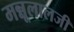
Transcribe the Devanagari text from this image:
मन्नूलालजी